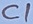
Text: C1